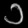
Digit: ၁